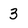
Character: 3